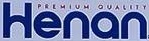
Henan